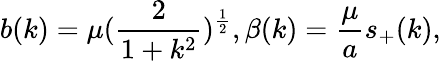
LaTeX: b(k)=\mu(\frac{2}{1+k^{2}})^{\frac{1}{2}},\beta(k)=\frac{\mu}{a}s_{+}(k),